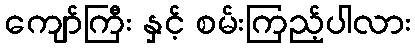
ကျော်ကြီး နှင့် စမ်းကြည့်ပါလား